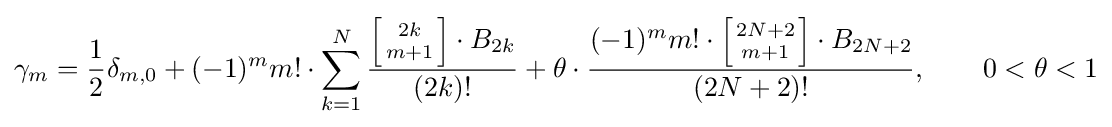
\gamma _{m}={\frac {1}{2}}\delta _{m,0}+(-1)^{m}m!\cdot \sum _{k=1}^{N}{\frac {\left[{2k \atop m+1}\right]\cdot B_{2k}}{(2k)!}}+\theta \cdot {\frac {(-1)^{m}m!\cdot \left[{2N+2 \atop m+1}\right]\cdot B_{2N+2}}{(2N+2)!}},\qquad 0<\theta <1